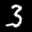
Label: 3